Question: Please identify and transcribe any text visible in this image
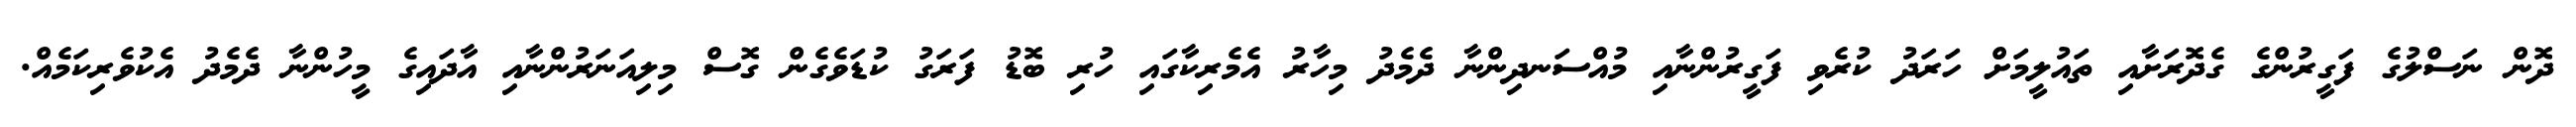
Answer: ދޮން ނަސްލުގެ ފަގީރުންގެ ގެދޮރަށާއި ތައުލީމަށް ހަރަދު ކުރެވި ފަގީރުންނާއި މުއްސަނދިންނާ ދެމެދު މިހާރު އެމެރިކާގައި ހުރި ބޮޑު ފަރަގު ކުޑަވެގެން ގޮސް މިލިއަނަރުންނާއި އާދައިގެ މީހުންނާ ދެމެދު އެކުވެރިކަމެއް.